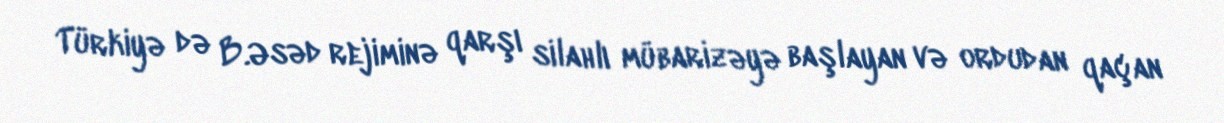
Türkiyə də B.Əsəd rejiminə qarşı silahlı mübarizəyə başlayan və ordudan qaçan